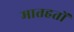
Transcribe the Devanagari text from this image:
मातहतों